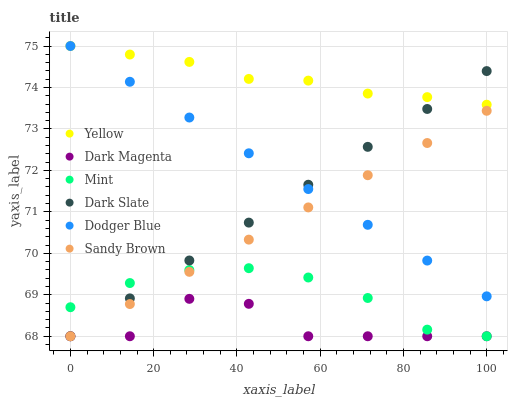
| xaxis_label | Yellow | Dark Magenta | Mint | Dark Slate | Dodger Blue | Sandy Brown |
 | --- | --- | --- | --- | --- | --- | --- |
 | 0 | 75 | 68 | 68.7 | 68 | 75 | 68 |
 | 14.3 | 74.8 | 68 | 69.3 | 68.9 | 74.1 | 68.8 |
 | 28.6 | 74.6 | 68.9 | 69.6 | 69.8 | 73.3 | 69.6 |
 | 42.9 | 74.2 | 68.8 | 69.6 | 70.7 | 72.4 | 70.3 |
 | 57.1 | 74.2 | 68 | 69.4 | 71.7 | 71.6 | 71.1 |
 | 71.4 | 73.9 | 68 | 68.9 | 72.6 | 70.7 | 71.9 |
 | 85.7 | 73.8 | 68 | 68.2 | 73.5 | 69.8 | 72.7 |
 | 100 | 73.6 | 68 | 68 | 74.4 | 69 | 73.4 |